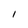
Character: I